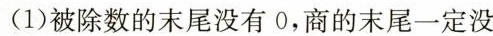
(1)被除数的末尾没有0，商的末尾一定没